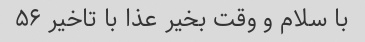
با سلام و وقت بخیر عذا با تاخیر ۵۶